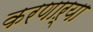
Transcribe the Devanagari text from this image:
करणाऱ्‍या